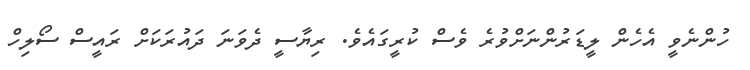
ހުންނެވީ އެހެން ލީޑަރުންނަށްވުރެ ވެސް ކުރީގައެވެ. ރިޔާސީ ދެވަނަ ދައުރަކަށް ރައީސް ސޯލިހް